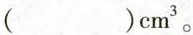
()cm^{3}。